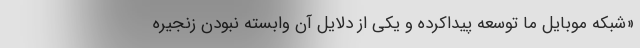
«شبکه موبایل ما توسعه پیداکرده و یکی از دلایل آن وابسته نبودن زنجیره